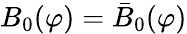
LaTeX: B_{0}(\varphi)=\bar{B}_{0}(\varphi)